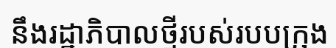
នឹងរដ្ឋាភិបាលថ្មីរបស់របបក្រុង